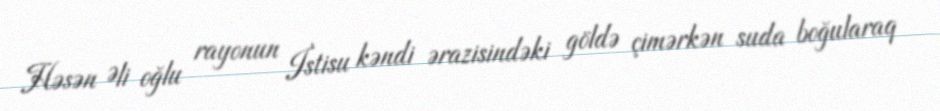
Həsən Əli oğlu rayonun İstisu kəndi ərazisindəki göldə çimərkən suda boğularaq